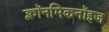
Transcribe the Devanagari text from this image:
क्लॉनमिकनॉइज